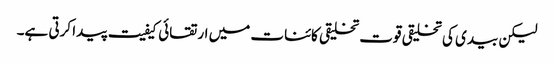
لیکن بیدی کی تخلیقی قوت تخلیقی کائنات میں ارتقائی کیفیت پیدا کرتی ہے۔